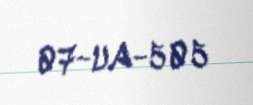
07-UA-505